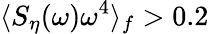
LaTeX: \langle S_{\eta}(\omega)\omega^{4}\rangle_{f}>0.2